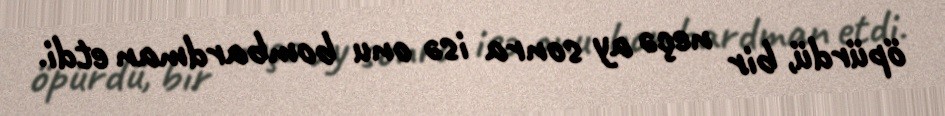
öpürdü, bir neçə ay sonra isə onu bombardman etdi.